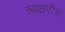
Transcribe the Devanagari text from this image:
त्र्यक्षरीच